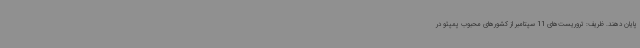
پایان دهند. ظریف: تروریست‌های 11 سپتامبر از کشورهای محبوب پمپئو در